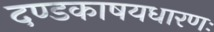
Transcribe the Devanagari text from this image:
दण्डकाषयधारणः